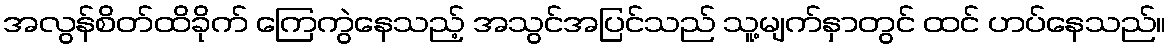
အလွန်စိတ်ထိခိုက် ကြေကွဲနေသည့် အသွင်အပြင်သည် သူ့မျက်နှာတွင် ထင် ဟပ်နေသည်။